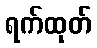
ရက်ထုတ်